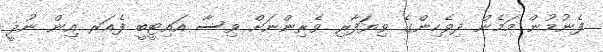
ފެނުމުން މަމެން ދިވެހިންގެ ވިޔަފާރި ވެރިންނަށް ވިސާ އައިޓީބީ ފެއަރ އިން ނުދީ